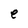
Character: e